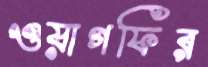
ওয়াগফির